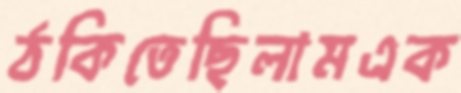
ঠকিতেছিলামএক